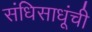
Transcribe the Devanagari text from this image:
संधिसाधूंची